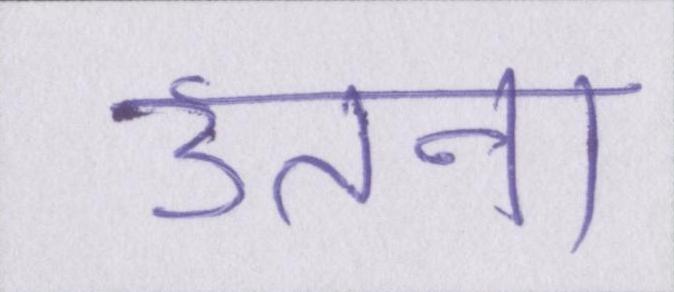
उतना